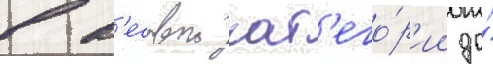
в в'есовои кат'его́р'ии до́